画像に写った文字を読んでください
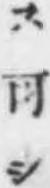
「ス可シ」と書いてあります